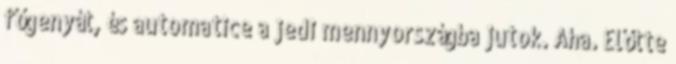
főgenyát, és automatice a jedi mennyországba jutok. Aha. Előtte